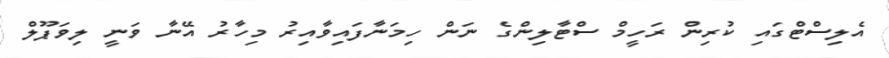
އެލިސްޓްގައި ކުރިން ރަހީމް ސްޓާލިންގެ ނަން ހިމަނާފައިވާއިރު މިހާރު އޭނާ ވަނީ ލިވަޕޫލް